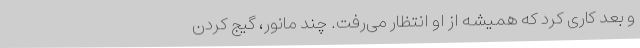
و بعد کاری کرد که همیشه از او انتظار می‌رفت. چند مانور، گیج کردنِ